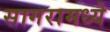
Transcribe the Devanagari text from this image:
सागरामध्ये